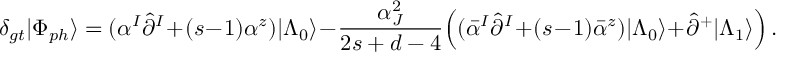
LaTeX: \delta _ { g t } | \Phi _ { p h } \rangle = ( \alpha ^ { I } \hat { \partial } ^ { I } + ( s - 1 ) \alpha ^ { z } ) | \Lambda _ { 0 } \rangle - \frac { \alpha _ { J } ^ { 2 } } { 2 s + d - 4 } \Bigl ( ( \bar { \alpha } ^ { I } \hat { \partial } ^ { I } + ( s - 1 ) \bar { \alpha } ^ { z } ) | \Lambda _ { 0 } \rangle + \hat { \partial } ^ { + } | \Lambda _ { 1 } \rangle \Bigr ) \, .